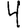
Digit: 4